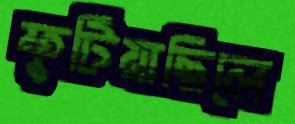
ফুটিয়াছিলে